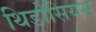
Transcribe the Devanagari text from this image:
थिडोसियस